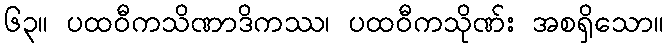
၆၃။ ပထဝီကသိဏာဒိကဿ၊ ပထဝီကသိုဏ်း အစရှိသော။